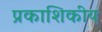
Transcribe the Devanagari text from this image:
प्रकाशिकीय